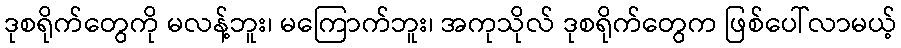
ဒုစရိုက်တွေကို မလန့်ဘူး၊ မကြောက်ဘူး၊ အကုသိုလ် ဒုစရိုက်တွေက ဖြစ်ပေါ်လာမယ့်